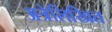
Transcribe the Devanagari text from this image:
अत्रेलिखित